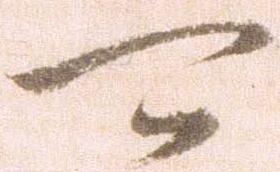
可